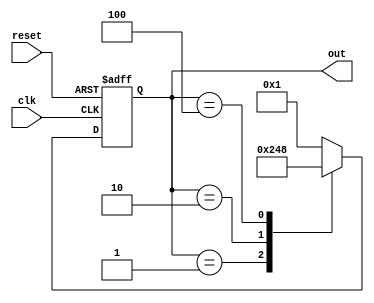
module ring_counter (
    input wire clk,        // Clock signal
    input wire reset,      // Asynchronous reset signal
    output reg [3:0] out   // 4-bit output
);

// State encoding
localparam STATE_0 = 4'b0001;
localparam STATE_1 = 4'b0010;
localparam STATE_2 = 4'b0100;
localparam STATE_3 = 4'b1000;

// Current state register
reg [3:0] state;

// Sequential logic for state transitions
always @(posedge clk or posedge reset) begin
    if (reset) begin
        state <= STATE_0; // Reset to State 0
    end else begin
        // Ring counter state transition
        case (state)
            STATE_0: state <= STATE_1;
            STATE_1: state <= STATE_2;
            STATE_2: state <= STATE_3;
            STATE_3: state <= STATE_0;
            default: state <= STATE_0; // Default case for safety
        endcase
    end
end

// Output logic
always @(*) begin
    out = state; // Output is directly tied to the current state
end

endmodule